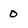
Character: 0